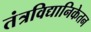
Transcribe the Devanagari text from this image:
तंत्रविद्यानिकेतन